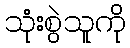
သုံးစွဲသူကို